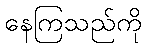
နေကြသည်ကို